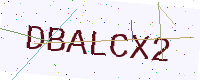
Text: DBALCX2